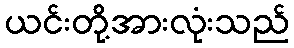
ယင်းတို့အားလုံးသည်